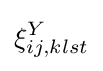
\xi _{ij,klst}^{Y}